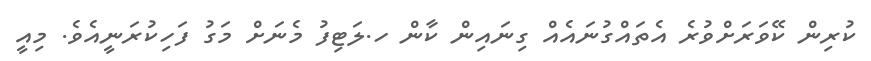
ކުރިން ކޭވަރަށްވުރެ އެތައްގުނައެއް ގިނައިން ކާން ހ.ލަޓިފު މެނަށް މަގު ފަހިކުރަނީއެވެ. މިއީ